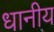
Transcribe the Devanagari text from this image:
धानीय